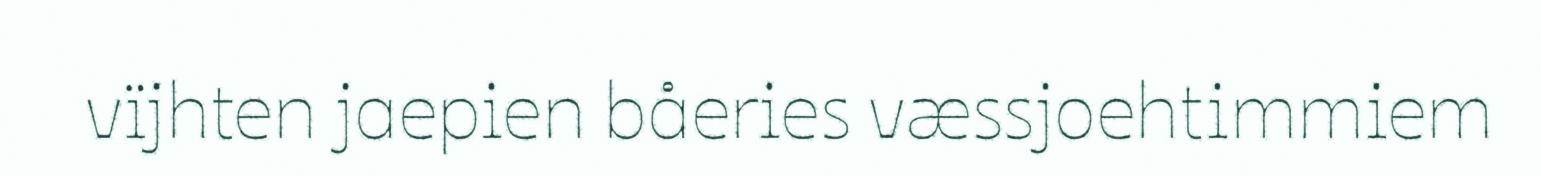
vïjhten jaepien båeries væssjoehtimmiem